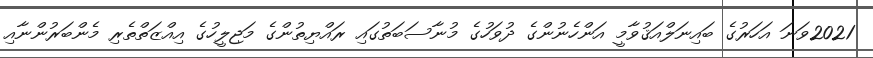
2021ވަނަ އަހަރުގެ ބައިނަލްއަޤުވާމީ އަންހެނުންގެ ދުވަހުގެ މުނާސަބަތުގައި ރައްޔިތުންގެ މަޖިލީހުގެ އިއްޒަތްތެރި މެންބަރުންނާއި